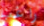
راغب